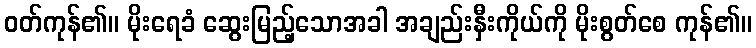
ဝတ်ကုန်၏။ မိုးရေခံ ဆွေးမြည့်သောအခါ အချည်းနှီးကိုယ်ကို မိုးစွတ်စေ ကုန်၏။